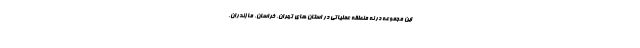
این مجموعه در نه منطقه عملیاتی در استان های تهران، خراسان، مازندران،